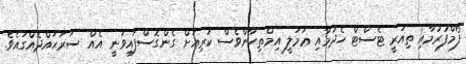
ފޯމްފުރުމާއި ތިއަރީ ޓެސްޓް ހެދުމާއި ޢަމަލީ އިމްތިހާންވެސް ކުރިއަށް ގެންގޮސްފައިވަނީ އެއް ސަރަޙައްދެއްގައެވެ.